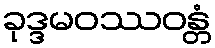
ခုဒ္ဒမဝဿဝန္တံ